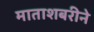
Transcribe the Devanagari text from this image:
माताशबरीने